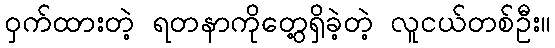
ဝှက်ထားတဲ့ ရတနာကိုတွေ့ရှိခဲ့တဲ့ လူငယ်တစ်ဦး။